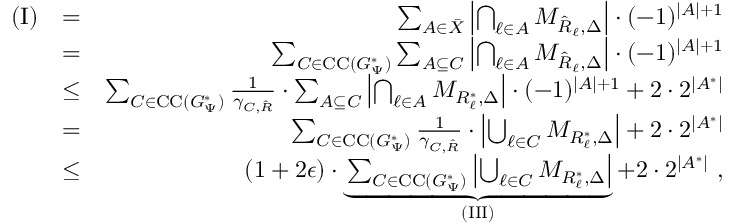
\begin{array} { r l r } { \mathrm { ( I ) } } & { = } & { \sum _ { { \cal A } \in \bar { \cal X } } \left| \bigcap _ { \ell \in { \cal A } } { \cal M } _ { \hat { R } _ { \ell } , \Delta } \right| \cdot ( - 1 ) ^ { | { \cal A } | + 1 } } \\ & { = } & { \sum _ { C \in \mathrm { C C } ( G _ { \Psi } ^ { * } ) } \sum _ { { \cal A } \subseteq C } \left| \bigcap _ { \ell \in { \cal A } } { \cal M } _ { \hat { R } _ { \ell } , \Delta } \right| \cdot ( - 1 ) ^ { | { \cal A } | + 1 } } \\ & { \leq } & { \sum _ { C \in \mathrm { C C } ( G _ { \Psi } ^ { * } ) } \frac { 1 } { \gamma _ { C , \hat { \cal R } } } \cdot \sum _ { { \cal A } \subseteq C } \left| \bigcap _ { \ell \in { \cal A } } { \cal M } _ { R _ { \ell } ^ { * } , \Delta } \right| \cdot ( - 1 ) ^ { | { \cal A } | + 1 } + 2 \cdot 2 ^ { | { \cal A } ^ { * } | } } \\ & { = } & { \sum _ { C \in \mathrm { C C } ( G _ { \Psi } ^ { * } ) } \frac { 1 } { \gamma _ { C , \hat { \cal R } } } \cdot \left| \bigcup _ { \ell \in C } { \cal M } _ { R _ { \ell } ^ { * } , \Delta } \right| + 2 \cdot 2 ^ { | { \cal A } ^ { * } | } } \\ & { \leq } & { ( 1 + 2 \epsilon ) \cdot \underbrace { \sum _ { C \in \mathrm { C C } ( G _ { \Psi } ^ { * } ) } \left| \bigcup _ { \ell \in C } { \cal M } _ { R _ { \ell } ^ { * } , \Delta } \right| } _ { \mathrm { ( I I I ) } } + 2 \cdot 2 ^ { | { \cal A } ^ { * } | } \ , } \end{array}